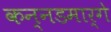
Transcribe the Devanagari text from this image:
कन्नडमार्गे